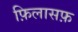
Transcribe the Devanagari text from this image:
फ़िलासफ़